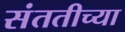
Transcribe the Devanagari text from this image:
संततीच्या